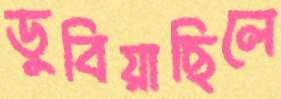
ডুবিয়াছিলে